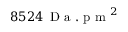
8 5 2 4 \, \mathrm { ~ D ~ a ~ . ~ p ~ m ~ } ^ { 2 }